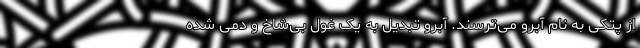
از پُتکی به نام آبرو می‌ترسند. آبرو تبدیل به یک غول بی‌شاخ و دمی شده